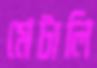
মেটালি